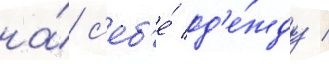
на́ с'еб'е́ од'е́жду /